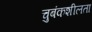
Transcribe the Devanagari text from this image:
चुबंकशीलता